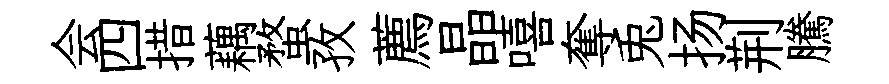
会四措藕蝥孜薦晶嘻奪兎扬荆騰